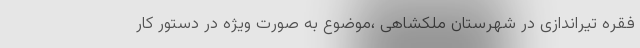
فقره تیراندازی در شهرستان ملکشاهی ،موضوع به صورت ویژه در دستور کار